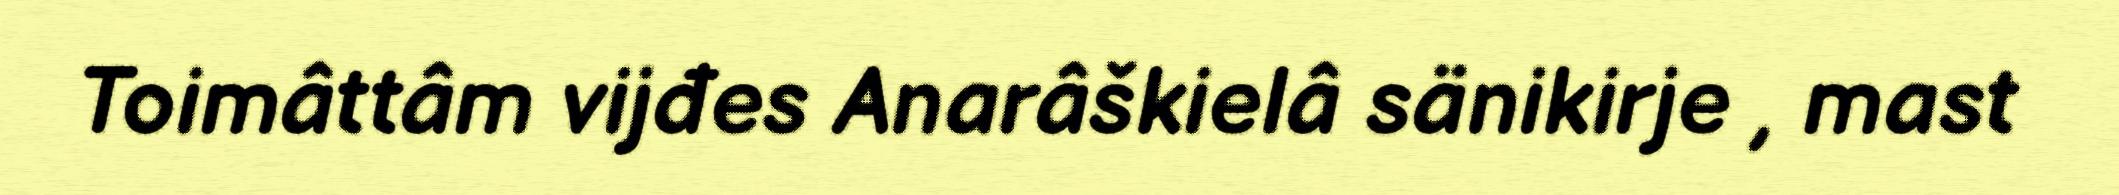
Toimâttâm vijđes Anarâškielâ sänikirje , mast